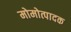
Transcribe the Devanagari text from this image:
मोमोत्पादक